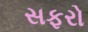
સફરો